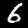
Digit: 6